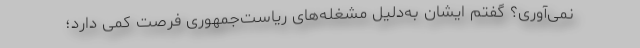
نمی‌آوری؟ گفتم ایشان به‌دلیل مشغله‌های ریاست‌جمهوری فرصت کمی دارد؛